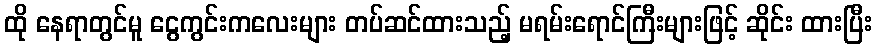
ထို နေရာတွင်မူ ငွေကွင်းကလေးများ တပ်ဆင်ထားသည့် မရမ်းရောင်ကြီးများဖြင့် ဆိုင်း ထားပြီး